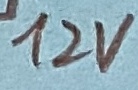
Text: 12V